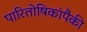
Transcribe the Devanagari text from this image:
पारितोषिकांपैकी